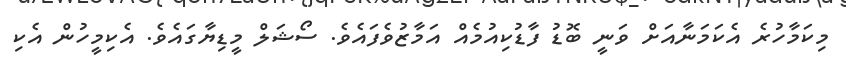
މިކަމާހުރެ އެކަމަނާއަށް ވަނީ ބޮޑު ފާޑުކިއުމެއް އަމާޒުވެފައެވެ. ސޯޝަލް މީޑިޔާގައެވެ. އެކިމީހުން އެކި